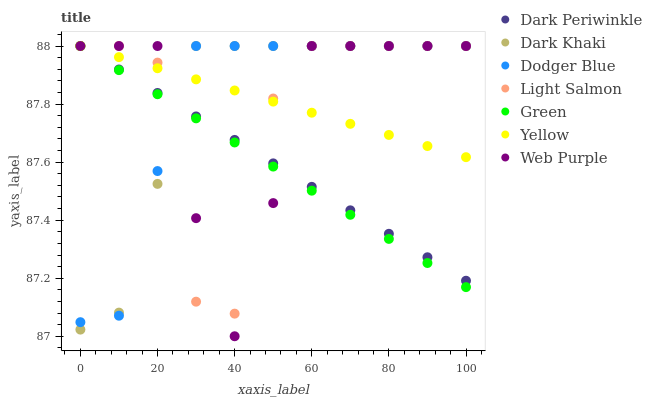
| xaxis_label | Dark Periwinkle | Dark Khaki | Dodger Blue | Light Salmon | Green | Yellow | Web Purple |
 | --- | --- | --- | --- | --- | --- | --- | --- |
 | 0 | 88 | 87 | 87 | 88 | 88 | 88 | 88 |
 | 10 | 87.9 | 87.1 | 87.1 | 88 | 87.9 | 88 | 88 |
 | 20 | 87.8 | 87.5 | 87.6 | 87.9 | 87.8 | 87.9 | 88 |
 | 30 | 87.8 | 88 | 88 | 87.1 | 87.8 | 87.9 | 87.4 |
 | 40 | 87.7 | 88 | 88 | 87.1 | 87.7 | 87.8 | 87 |
 | 50 | 87.6 | 88 | 88 | 87.8 | 87.6 | 87.8 | 87.5 |
 | 60 | 87.5 | 88 | 88 | 88 | 87.5 | 87.8 | 88 |
 | 70 | 87.4 | 88 | 88 | 88 | 87.4 | 87.7 | 88 |
 | 80 | 87.4 | 88 | 88 | 88 | 87.3 | 87.7 | 88 |
 | 90 | 87.3 | 88 | 88 | 88 | 87.3 | 87.7 | 88 |
 | 100 | 87.2 | 88 | 88 | 88 | 87.2 | 87.6 | 88 |